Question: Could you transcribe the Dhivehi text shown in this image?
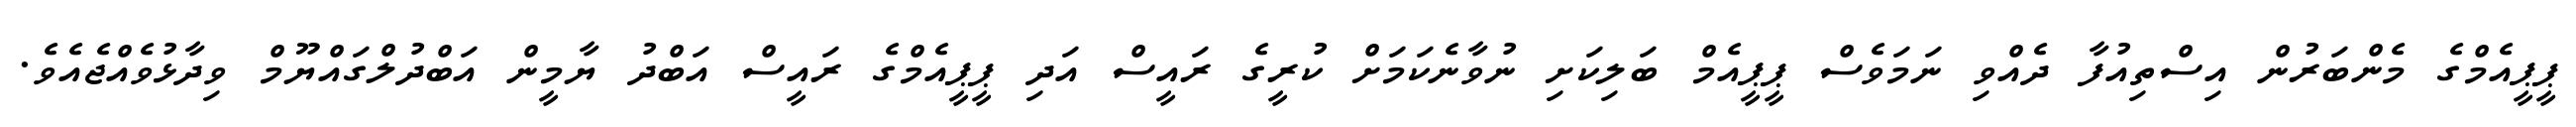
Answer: ޕީޕީއެމްގެ މެންބަރުން އިސްތިއުފާ ދެއްވި ނަމަވެސް ޕީޕީއެމް ބަލިކަށި ނުވާނެކަމަށް ކުރީގެ ރައީސް އަދި ޕީޕީއެމްގެ ރައީސް އަބްދު ޔާމީން އަބްދުލްގައްޔޫމް ވިދާޅުވެއްޖެއެވެ.